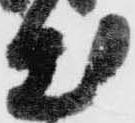
出